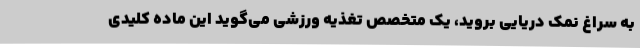
به سراغ نمک دریایی بروید، یک متخصص تغذیه ورزشی می‌گوید این ماده کلیدی